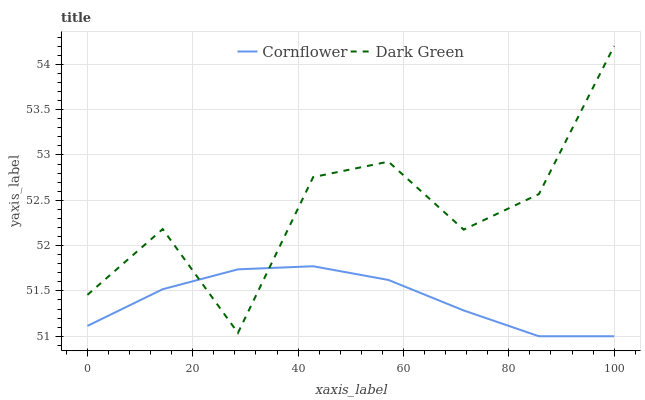
| xaxis_label | Cornflower | Dark Green |
 | --- | --- | --- |
 | 0 | 51.1 | 51.5 |
 | 14.3 | 51.5 | 52.2 |
 | 28.6 | 51.7 | 51 |
 | 42.9 | 51.8 | 52.8 |
 | 57.1 | 51.6 | 52.9 |
 | 71.4 | 51.3 | 52.2 |
 | 85.7 | 51 | 52.6 |
 | 100 | 51 | 54.2 |